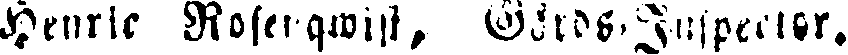
Henrik Rosenqwist, Gårds-Inspektör